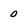
Character: 0